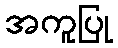
အကူပြု